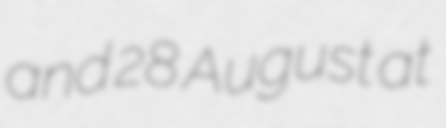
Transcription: and 28 August at